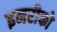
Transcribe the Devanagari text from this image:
इनरीको